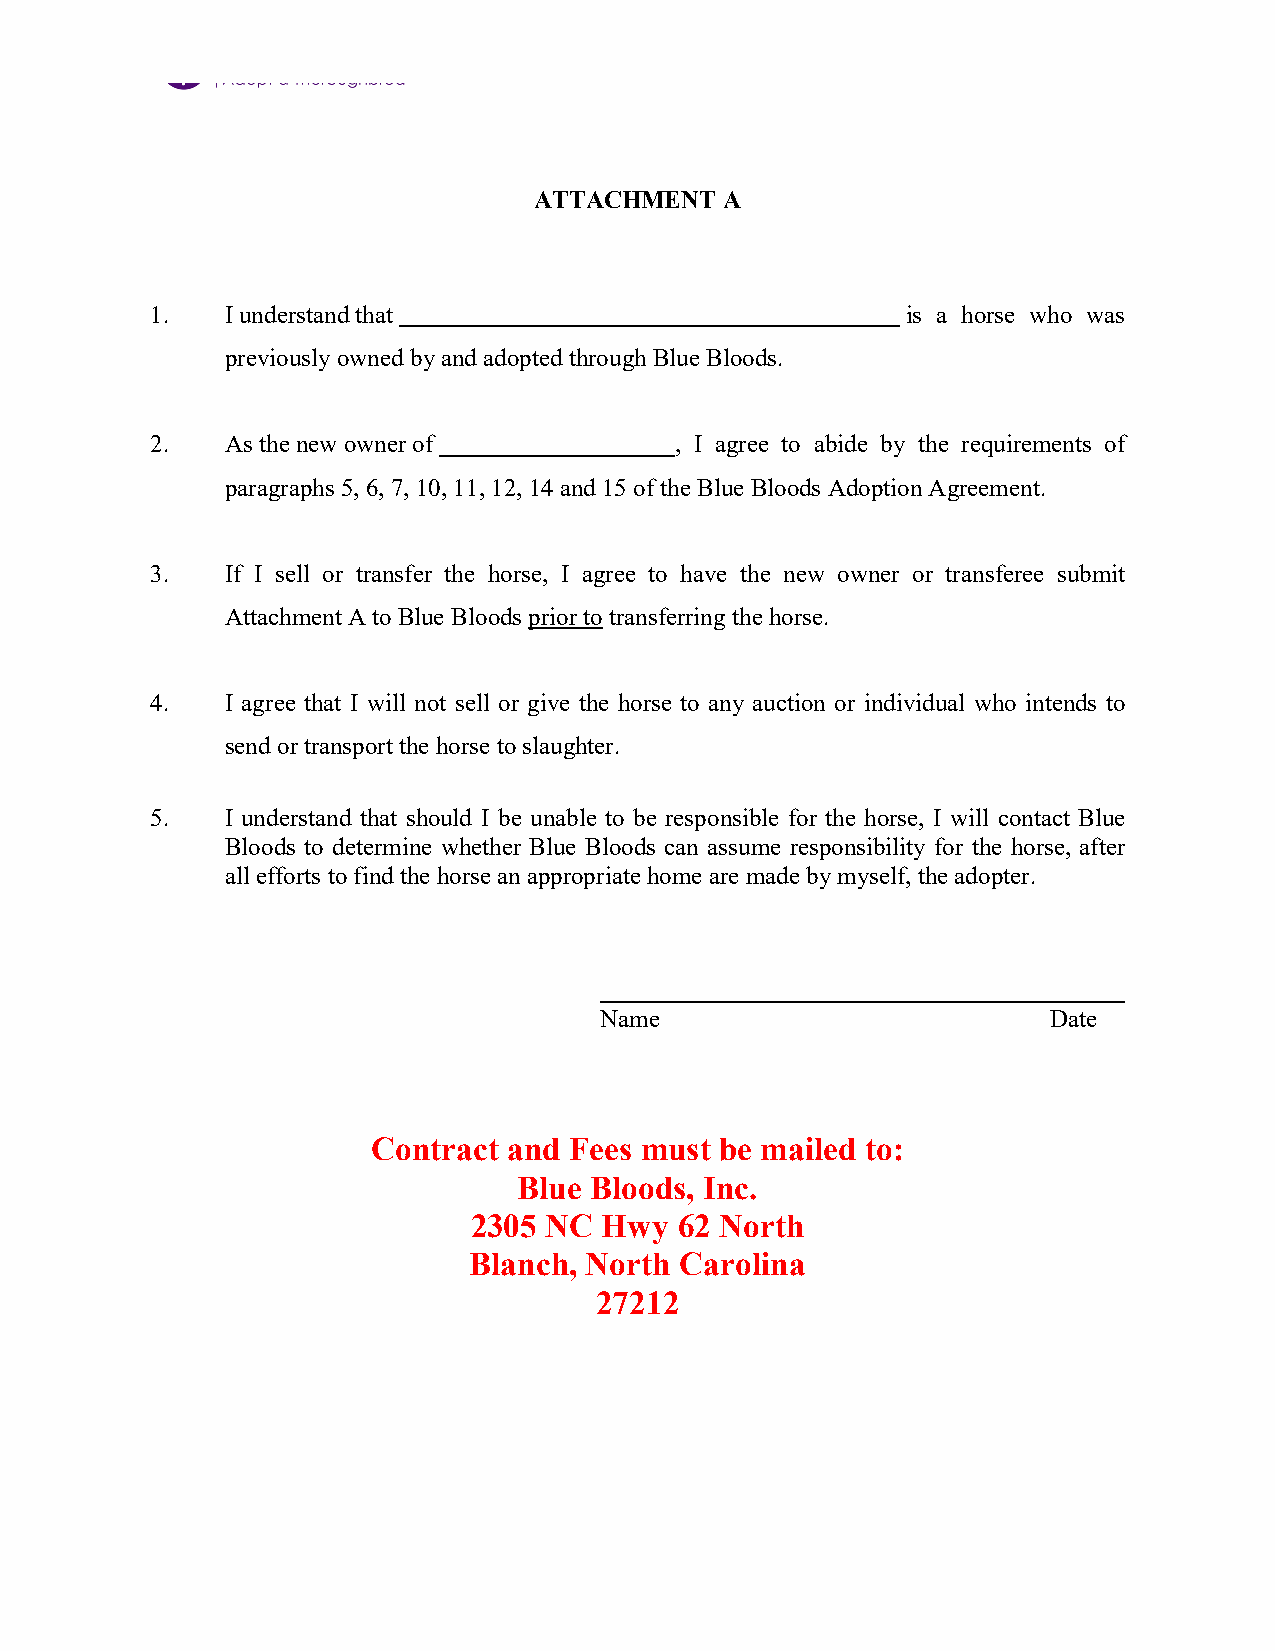
ATTACHMENT   A
 1.   I understand that                            is a horse who was
 previously owned by and adopted through Blue Bloods.
 2.   As the new owner of           , I agree to abide by the requirements of
 paragraphs 5, 6, 7, 10, 11, 12, 14 and 15 of the Blue Bloods Adoption Agreement.
 3.   If I sell or transfer the horse, I agree to have the new owner or transferee submit
 Attachment A to Blue Bloods prior to transferring the horse.
 4.   I agree that I will not sell or give the horse to any auction or individual who intends to
 send or transport the horse to slaughter.
 5.   I understand that should I be unable to be responsible for the horse, I will contact Blue
 Bloods to determine whether Blue Bloods can assume responsibility for the horse, after
 all efforts to find the horse an appropriate home are made by myself, the adopter.
 Name                          Date
 Contract and Fees must be mailed to:
 Blue Bloods, Inc.
 2305 NC  Hwy  62 North
 Blanch, North Carolina
 27212